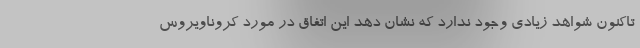
تاکنون شواهد زیادی وجود ندارد که نشان دهد این اتفاق در مورد کروناویروس